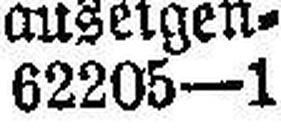
62205—1